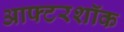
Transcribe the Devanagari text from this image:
आफ्टरशॉक